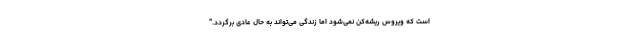
است که ویروس ریشه‌کن نمی‌شود اما زندگی می‌تواند به حال عادی برگردد."